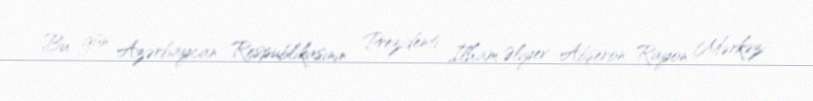
Bu gün Azərbaycan Respublikasının Prezidenti İlham Əliyev Abşeron Rayon Mərkəzi